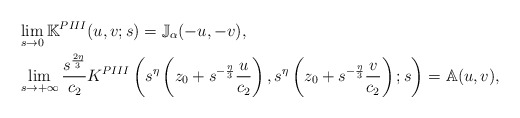
\begin{align*}&\lim_{s\to 0}\mathbb K^{PIII}(u,v;s)=\mathbb{J}_\alpha(-u,-v),\\&\lim_{s\to +\infty} \frac{s^{\frac{2\eta}{3}}}{c_2} K^{PIII}\left(s^{\eta}\left(z_0 + s^{-\frac{\eta}{3}} \frac{u}{c_2}\right),s^{\eta}\left(z_0 + s^{-\frac{\eta}{3}} \frac{v}{c_2}\right);s\right)= \mathbb{A}(u,v),\end{align*}